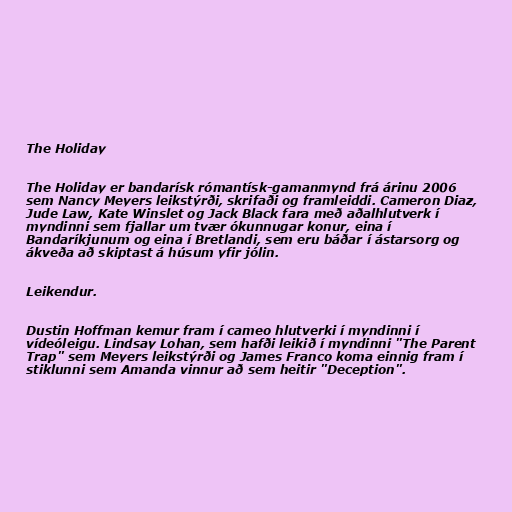
The Holiday

The Holiday er bandarísk rómantísk-gamanmynd frá árinu 2006
sem Nancy Meyers leikstýrði, skrifaði og framleiddi. Cameron Diaz,
Jude Law, Kate Winslet og Jack Black fara með aðalhlutverk í
myndinni sem fjallar um tvær ókunnugar konur, eina í
Bandaríkjunum og eina í Bretlandi, sem eru báðar í ástarsorg og
ákveða að skiptast á húsum yfir jólin.

Leikendur.

Dustin Hoffman kemur fram í cameo hlutverki í myndinni í
vídeóleigu. Lindsay Lohan, sem hafði leikið í myndinni "The Parent
Trap" sem Meyers leikstýrði og James Franco koma einnig fram í
stiklunni sem Amanda vinnur að sem heitir "Deception".